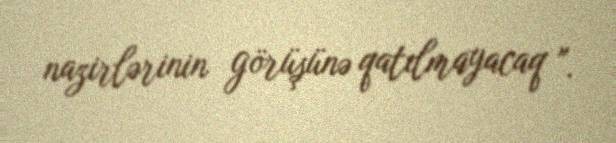
nazirlərinin görüşünə qatılmayacaq ".